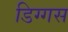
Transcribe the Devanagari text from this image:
डिग्गस